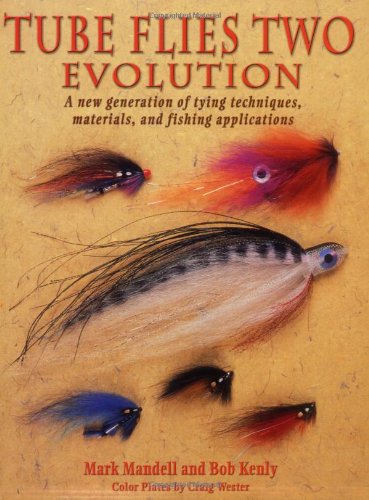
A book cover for Tube Flies Two: Evolution; Mark Mandell; Crafts, Hobbies & Home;